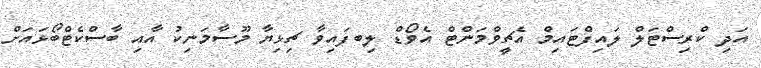
އަދި ކްރިސްޓަލް ލައިފްޓައިމް އެޗީވްމަންޓް އެވޯޑް ލިބފައިވާ ޗިޅިޔާ މޫސާމަނިކު އާއި ބާސްކެޓްބޯޅައަށް